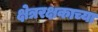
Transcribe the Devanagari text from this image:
क्षेत्ररक्षकाच्या